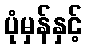
ပုံမှန်နှင့်